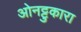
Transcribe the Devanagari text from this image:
ओनट्टुकारा